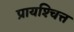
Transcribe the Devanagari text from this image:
प्रायश्‍चित्त